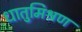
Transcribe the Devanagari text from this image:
धातुमिश्रण